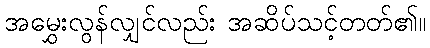
အမွှေးလွန်လျှင်လည်း အဆိပ်သင့်တတ်၏။